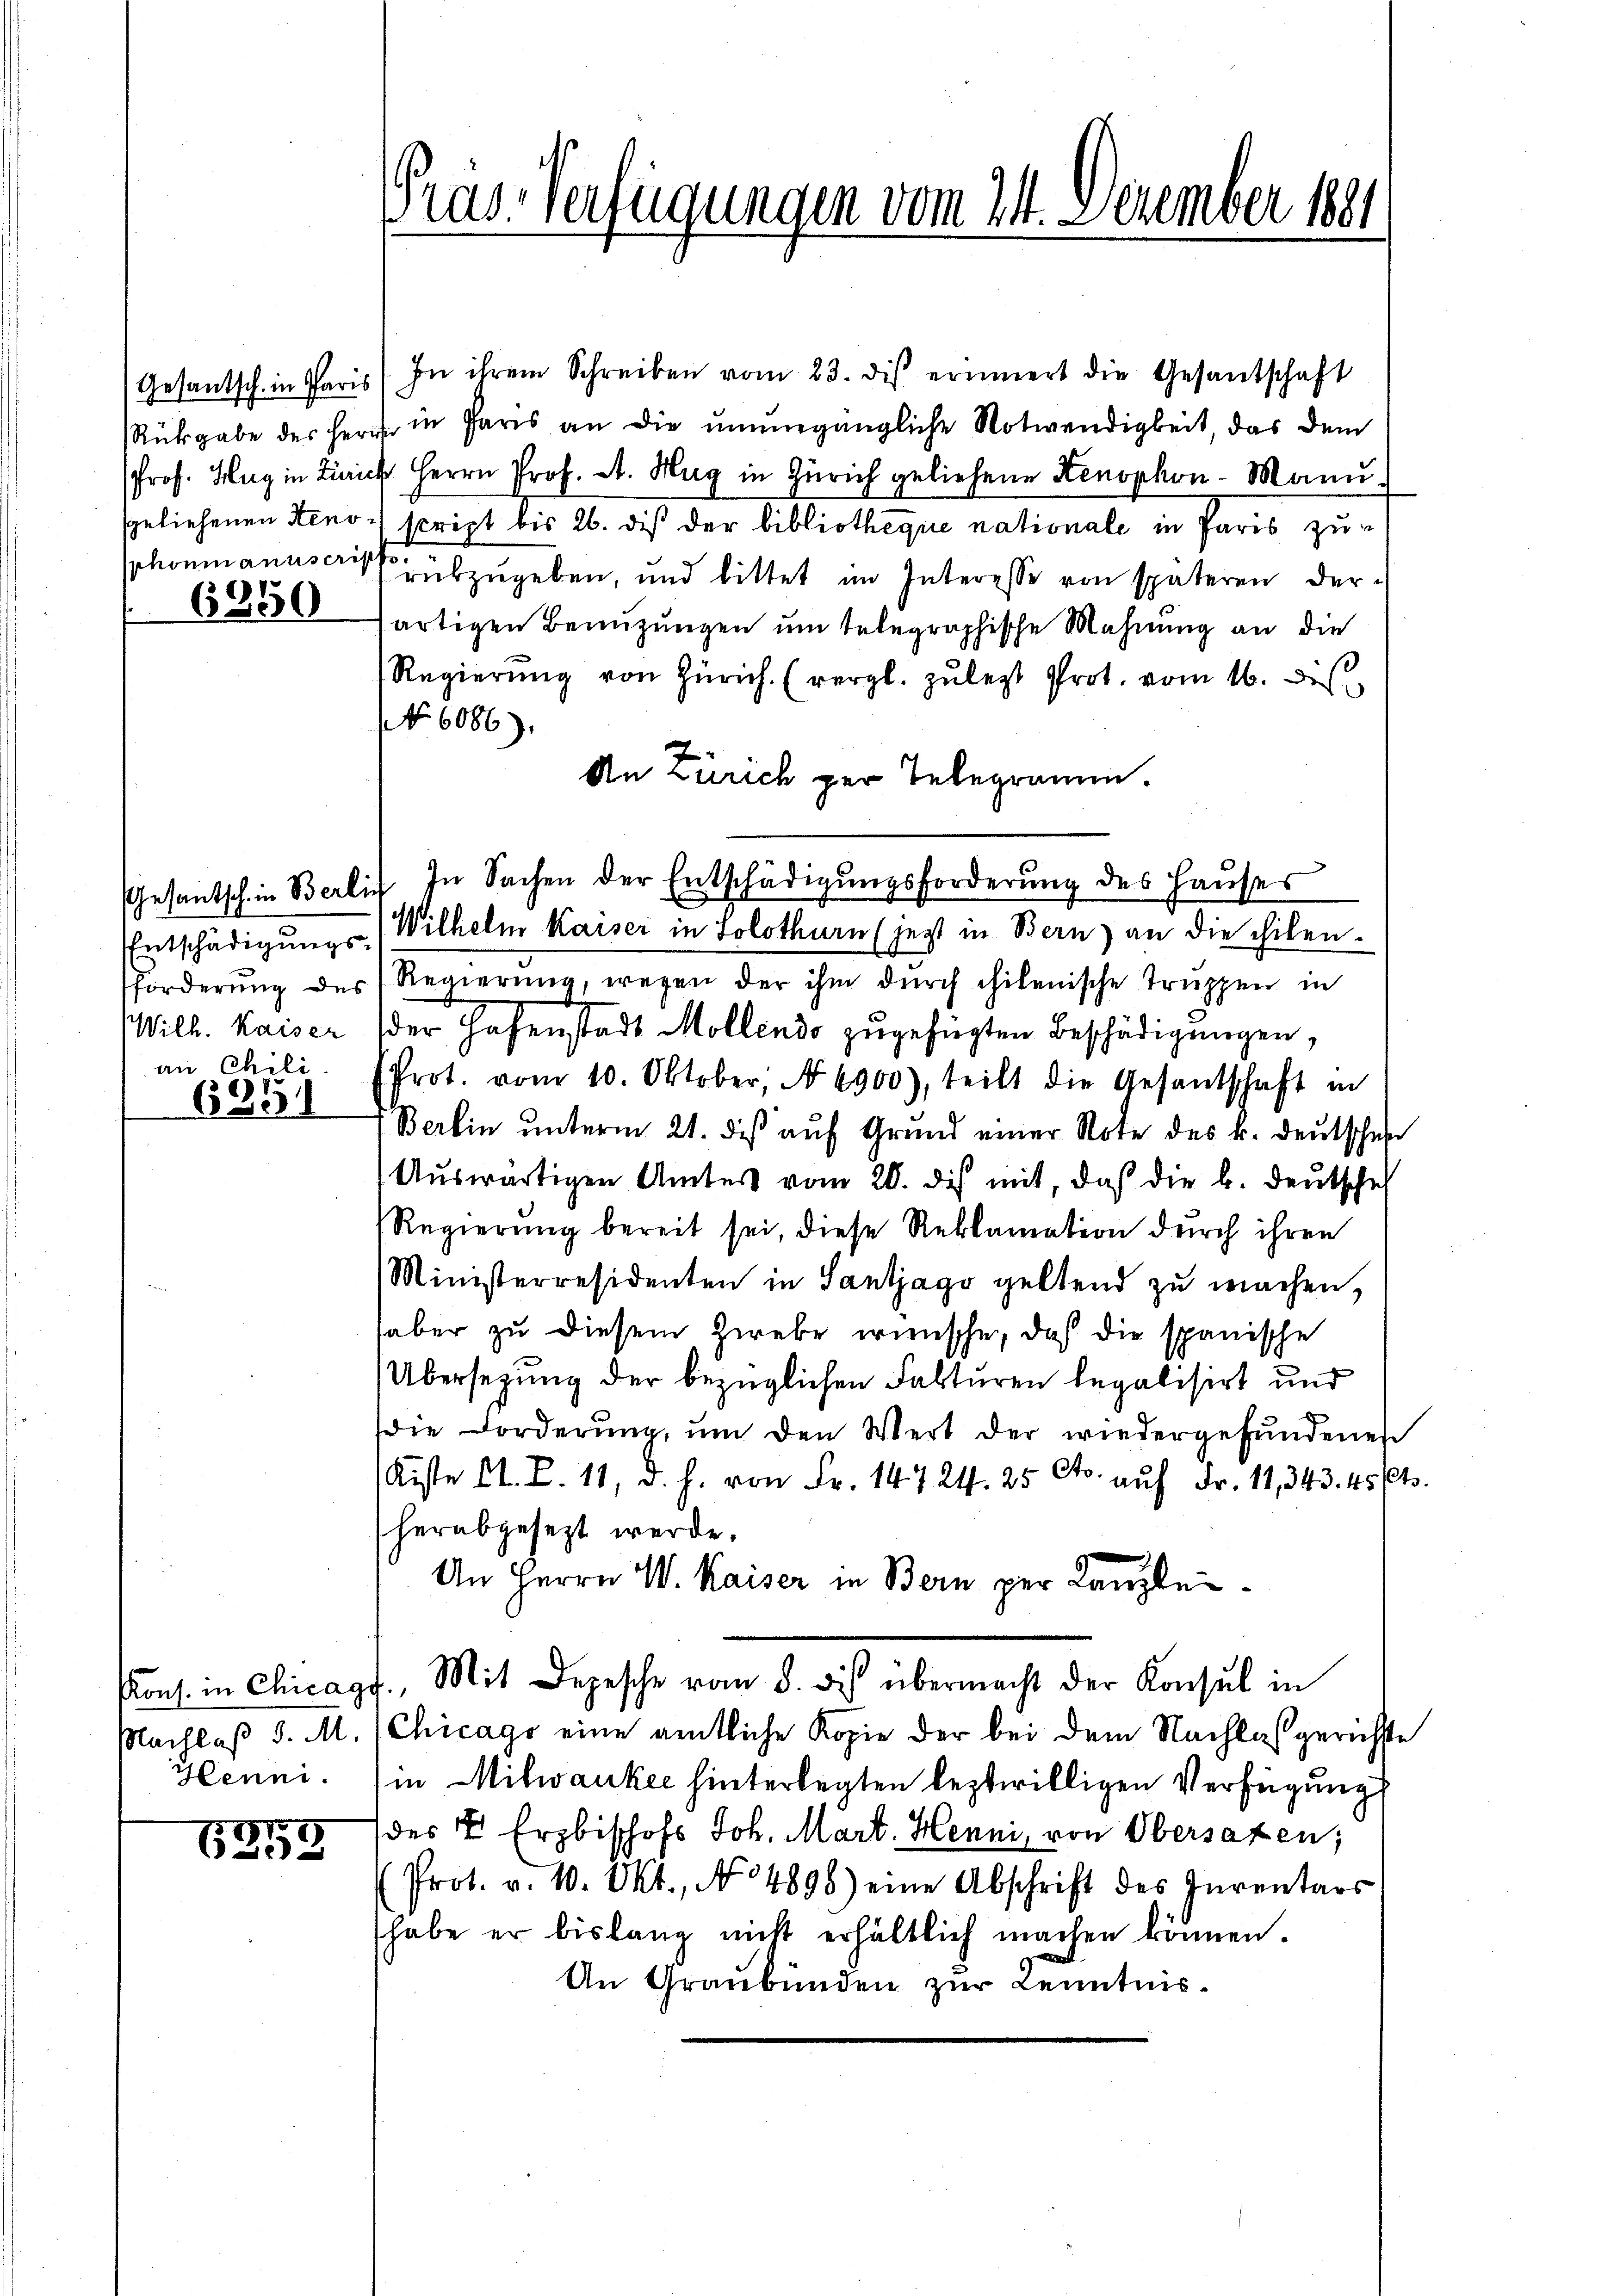
6850

Wilh. Kaiser
an Chili

7.
650

Henni.

13159

Gesantsch. in Paris (In ihrem Schreiben vom 23. dis erinnert die Gesantschaft
Rükgabe des Herr in Paris an die unumgängliche Notwendigkeit, das dem
Prof. Hug in Zürich Herrn Prof. A. Hug in Zürich geliehene Kenophon-Mann
sgeliehenen Reno script bis 26. die der bibliotheque nationale in Paris zusphonmanuscript abzugeben, und bittet im Interesse von späteren derartigen Benutzungen um telegraphische Mahnung an die
Regierŭng von Zürich. (vergl. zulegt Prot. vom 16. dis
NNo. 6086).
An Zürich per Telegramm.
Entschädigungs- (Wilhelm Kaiser in Solothurn (jetzt in Bern) an die chilen.
förderŭng des Regierŭng, wegen der ihm dŭrch chilenische Truppen in
der Hafenstadt Mollends zugefügten Beschädigungen,
Prot. vom 10. Oktober, No 6900), teilt die Gesantschaft in
Berlin ŭnterm 21. diβ aŭf Grund einer Note des k. deutschen
Auswärtigen Unter vom 20. des mit, daß die b. Deutschaf
Regierung bereit sei, diese Reklamation durch ihren
Ministerresidenten in Santjago geltend zu machen,
haber zu diesem Zweke wünsche, daß die spanische
Übersezung der bezüglichen Fakturen legalisirt und
die Forderung, um den Wert der wiedergefundenen
Kiste St. P. 11, d. h. von Fr. 14724. 25 Cts. auf Fr. 11, 343. 45 (Cts.
herabgesezt werde.
An Herrn W. Kaiser in Bern per Kanzlei-
Kons. in Chicags. Mit Depesche vom 8. des übermacht der Konsul in
Nachlaß d. M. (Chicago eine amtliche Kopie der bei dem Nachlaßgerichste
in Milwanker hinterlegten leztwilligen Verfügung
des 4. Erzbischofs Joh. Mart. Henni, von Obersazen;
Prot. v. 10. Okt., No 4896) eine Abschrift des Inventars
habe er bislang nicht erhältlich machen können.
An Graubünden zur Kenntnis¬

Pras-Verfügungen vom 24. Dezember 1891

Gesantsch in Berlin In Sachen der Entschädigungsforderung des Hauses